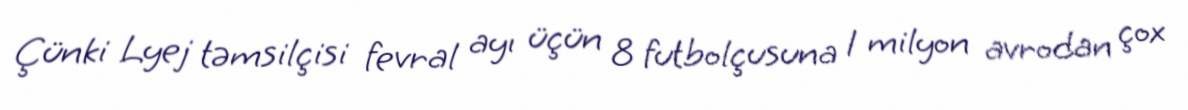
Çünki Lyej təmsilçisi fevral ayı üçün 8 futbolçusuna 1 milyon avrodan çox